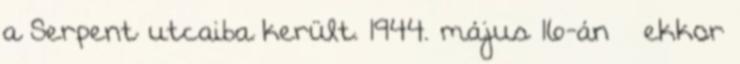
a Serpent utcaiba került. 1944. május 16-án – ekkor